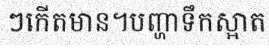
ៗកើតមាន។បញ្ហាទឹកស្អាត